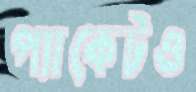
প্যাকেটও